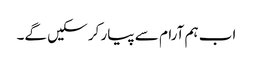
اب ہم آرام سے پیار کر سکیں گے۔